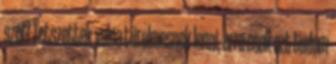
szól? Tetszettek volna türelmesnek lenni, erre csak ezt tudom